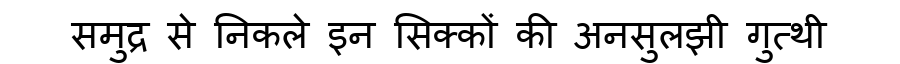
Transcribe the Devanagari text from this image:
समुद्र से निकले इन सिक्कों की अनसुलझी गुत्थी